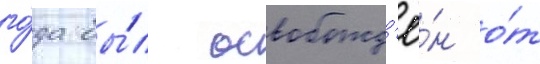
го́да бы́л освобожд'ё́н о́т